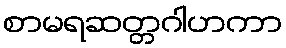
စာမရဆတ္တဂါဟကာ